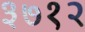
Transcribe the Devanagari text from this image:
३७१२